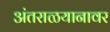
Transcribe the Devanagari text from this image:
अंतराळयानावर